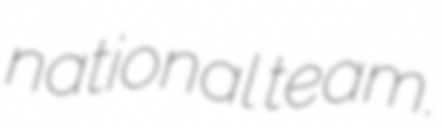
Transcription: national team.